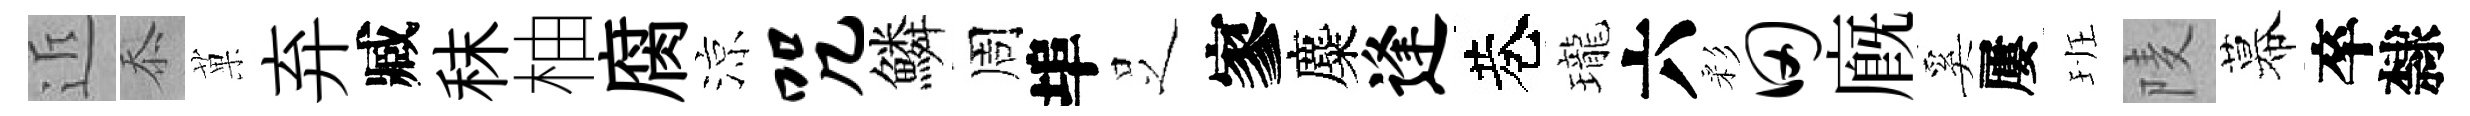
近忝菓弃臧秣柚腐涼咒鱗周埠𠯁寥麋逢巷瓏六彩田廐奚屢班𨹧幕卒隸